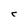
Character: C